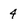
Character: 4